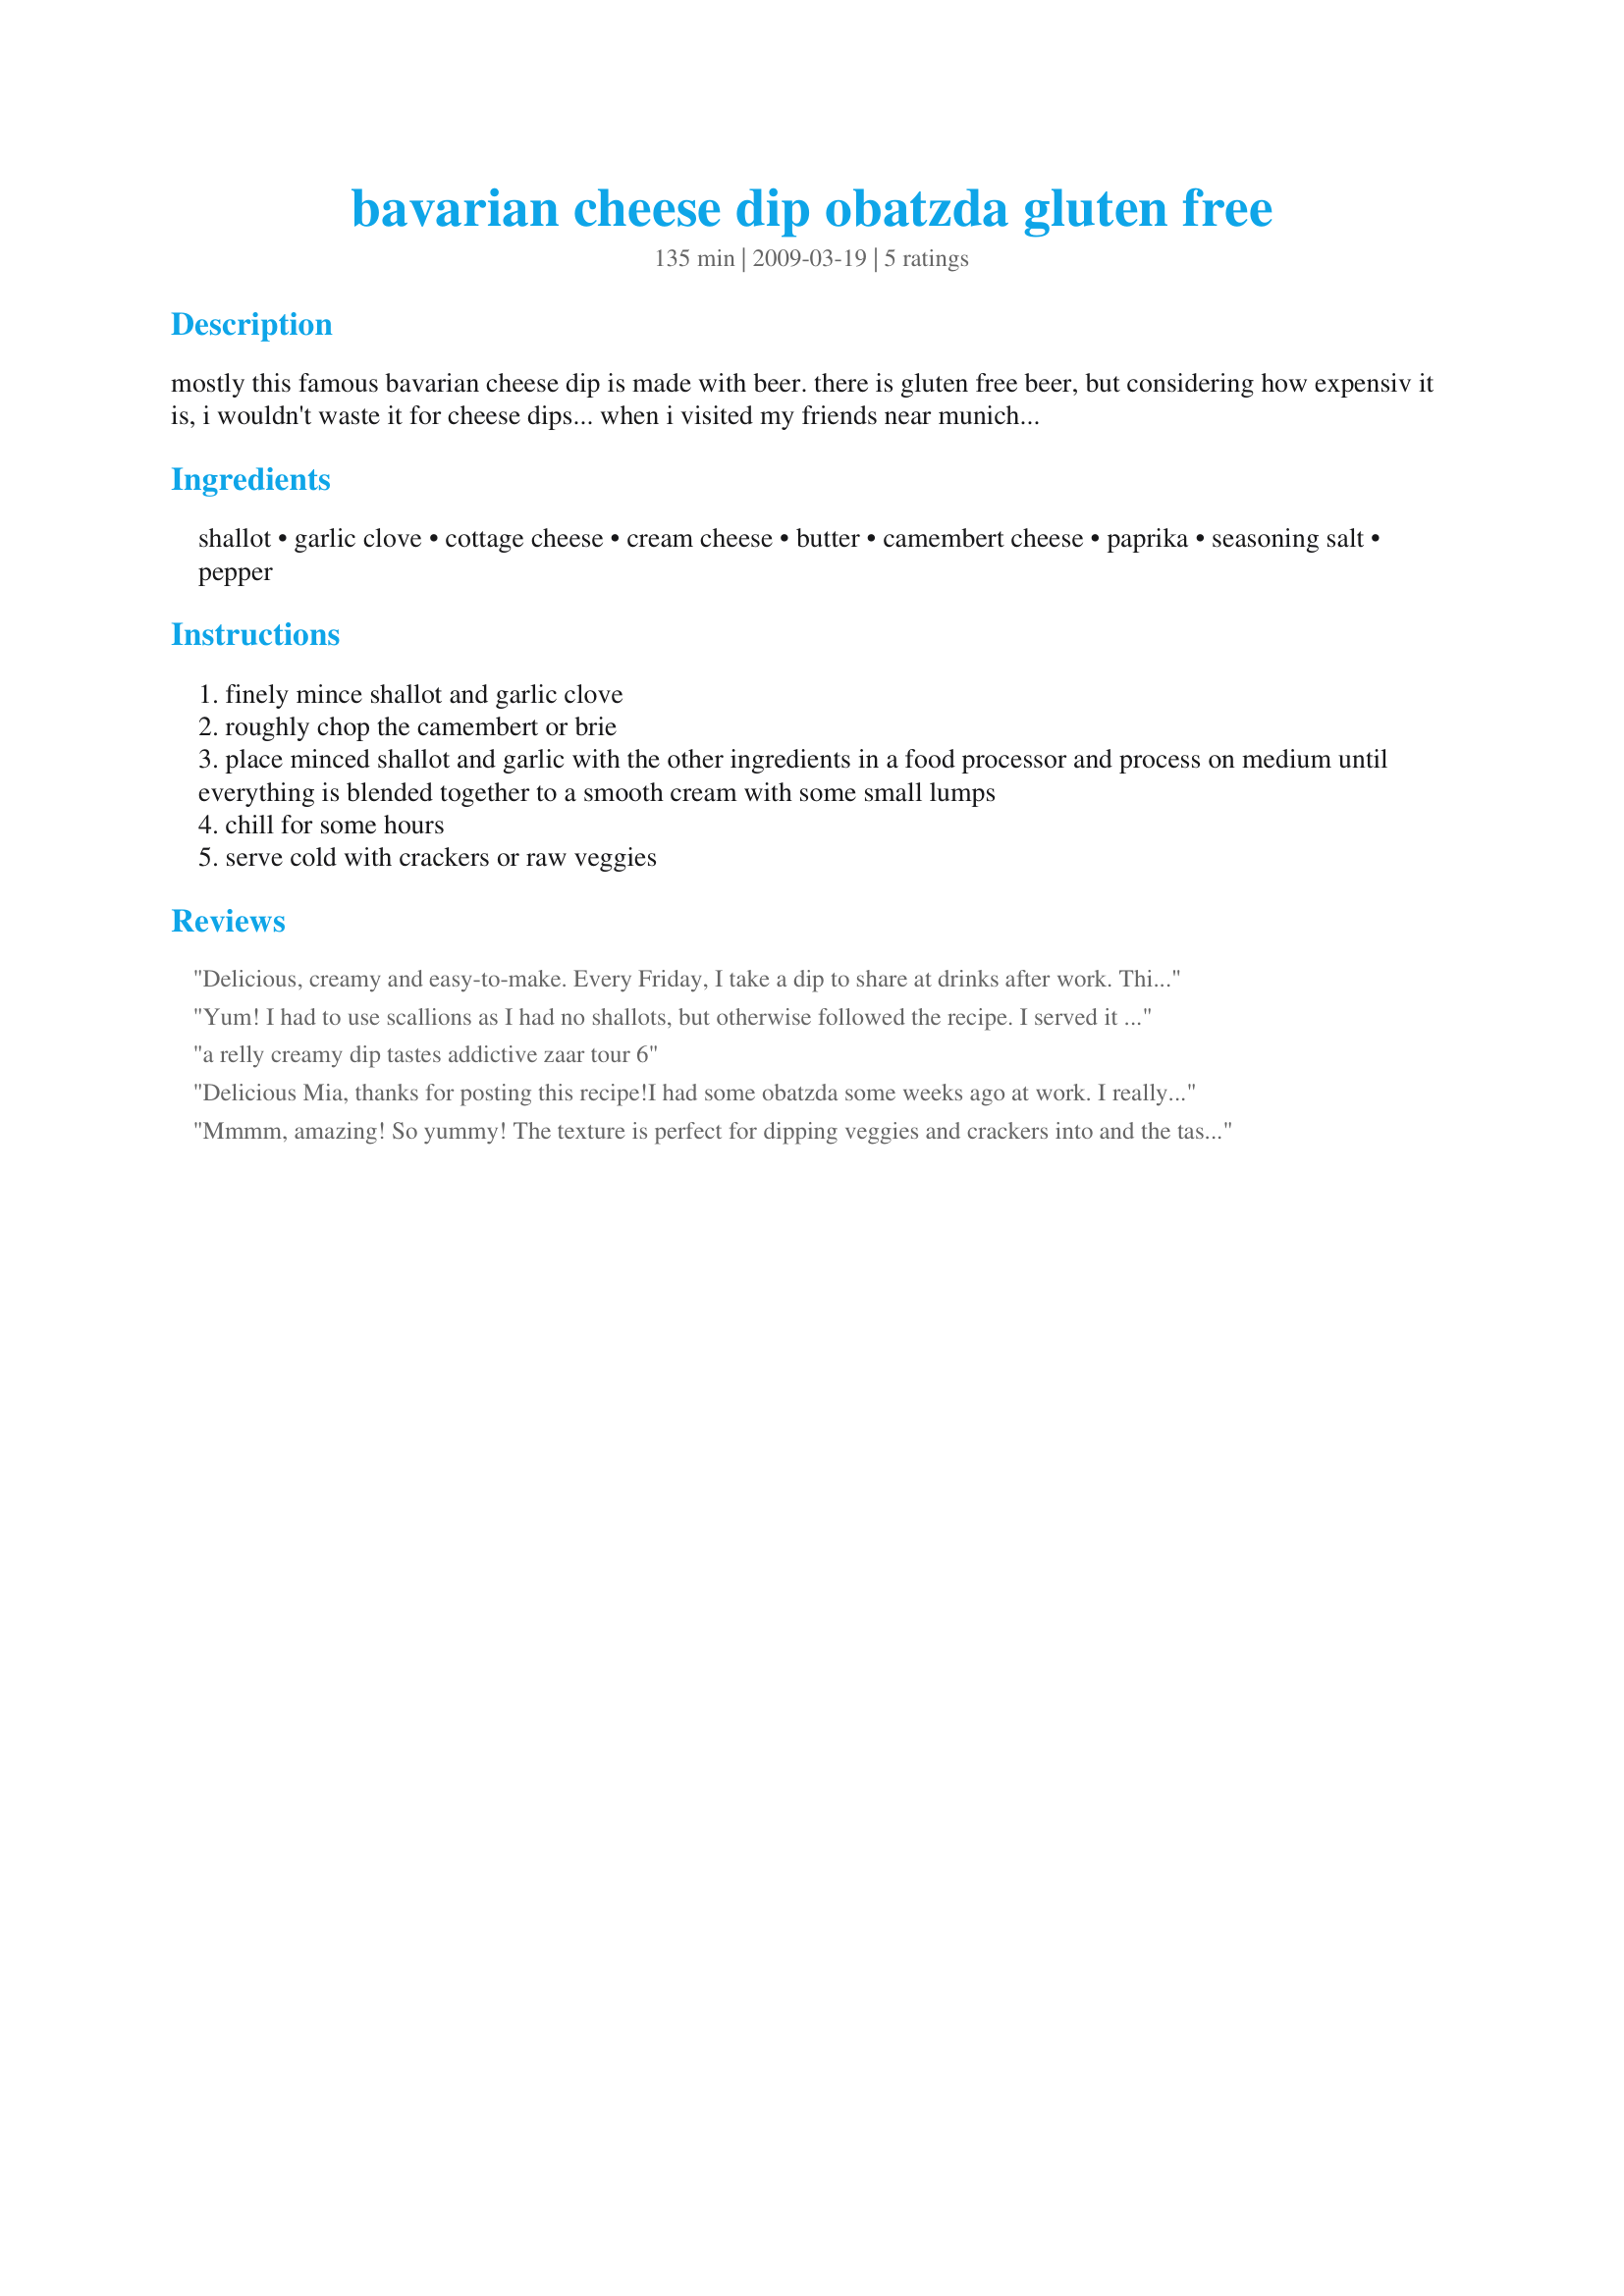
bavarian cheese dip obatzda gluten free
Preparation time: 135 minutes

mostly this famous bavarian cheese dip is made with beer. there is gluten free beer, but considering how expensiv it is, i wouldn't waste it for cheese dips... when i visited my friends near munich lately, they told me that they actually make obatzda without beer. so this is it :-)
if you want to keep the dip for some days, omit the shallot and serve with thinly sliced onion instead. cooking time is refrigeration time.

Ingredients:
shallot, garlic clove, cottage cheese, cream cheese, butter, camembert cheese, paprika, seasoning salt, pepper

Steps:
finely mince shallot and garlic clove
roughly chop the camembert or brie
place minced shallot and garlic with the other ingredients in a food processor and process on medium until everything is blended together to a smooth cream with some small lumps
chill for some hours
serve cold with crackers or raw veggies

Reviews:
Delicious, creamy and easy-to-make. Every Friday, I take a dip to share at drinks after work. This was certainly a crowd-pleaser, and perfect served with celery and carrot sticks. I made a few little changes -- I used 2 ounces of shallot, and added three cloves of garlic and a teaspoon of caraway seed. Made and enjoyed for ZWT6.
Yum! I had to use scallions as I had no shallots, but otherwise followed the recipe. I served it at room temp. on crackers and celery sticks. Thanks for posting this yummy dip!
a relly creamy dip tastes addictive zaar tour 6
Delicious Mia, thanks for posting this recipe!<br/>I had some obatzda some weeks ago at work. I really wanted to try this myself and this recipe came just perfect for us.<br/>For the dinner we prepared the half portion for us 4. The minor changes were: no blender, but simply a fork to mash and a finely chopped green onion instead of garlic.<br/>After letting sit for a couple of hours we enjoyed it with fresh pretzels (Recipe #191322 #191322) and some salad. All together the perfect quantity for dinner.<br/>Please try this super easy recipe(s) and you will enjoy them for sure. It's super easy!
Mmmm, amazing! So yummy! The texture is perfect for dipping veggies and crackers into and the taste is so moreish! Loved the onion, garlic and hint of paprika in this as well as the tangy cottage cheese. I was fresh out of butter, so doubled the cream cheese instead, but other than that stuck to the recipe and loved it!<br/>Ill certainly make this again, thanks so much for sharing, Mia! I imagine this would be equally great as a sauce for pasta.<br/>Made and reviewed for the More than Dumplings and Sauerkraut event in the German forum March 2012.
